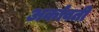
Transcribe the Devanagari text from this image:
अर्कावती